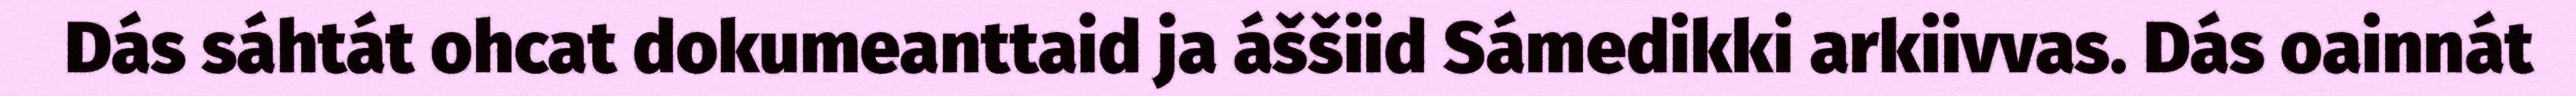
Dás sáhtát ohcat dokumeanttaid ja áššiid Sámedikki arkiivvas. Dás oainnát